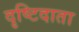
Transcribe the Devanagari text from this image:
दृष्टिदाता